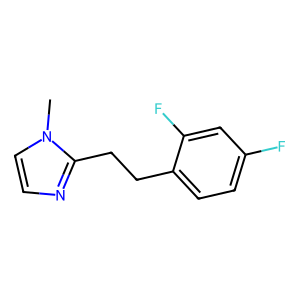
SMILES: Cn1ccnc1CCc1ccc(F)cc1F
Inhibits HIV replication: No